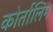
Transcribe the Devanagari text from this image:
कोर्तालिम